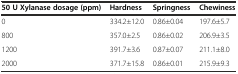
<table><thead><tr><td><b>50 U Xylanase dosage (ppm)</b></td><td><b>Hardness</b></td><td><b>Springness</b></td><td><b>Chewiness</b></td></tr></thead><tbody><tr><td>0</td><td>334.2±12.0</td><td>0.86±0.04</td><td>197.6±5.7</td></tr><tr><td>800</td><td>357.0±2.5</td><td>0.86±0.02</td><td>206.9±3.5</td></tr><tr><td>1200</td><td>391.7±3.6</td><td>0.87±0.07</td><td>211.1±8.0</td></tr><tr><td>2000</td><td>371.7±15.8</td><td>0.86±0.01</td><td>215.9±9.3</td></tr></tbody></table>